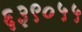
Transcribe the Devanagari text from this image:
६३९०५५